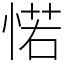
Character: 𢜪